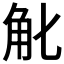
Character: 𧢶